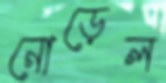
নোড়েল